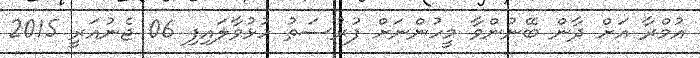
އުމްރާ އަށް ދާން ބޭނުންވާ މީހުންނަށް ފުރުސަތު ހުޅުވާލައިފި 06 ޖެނުއަރީ 2015